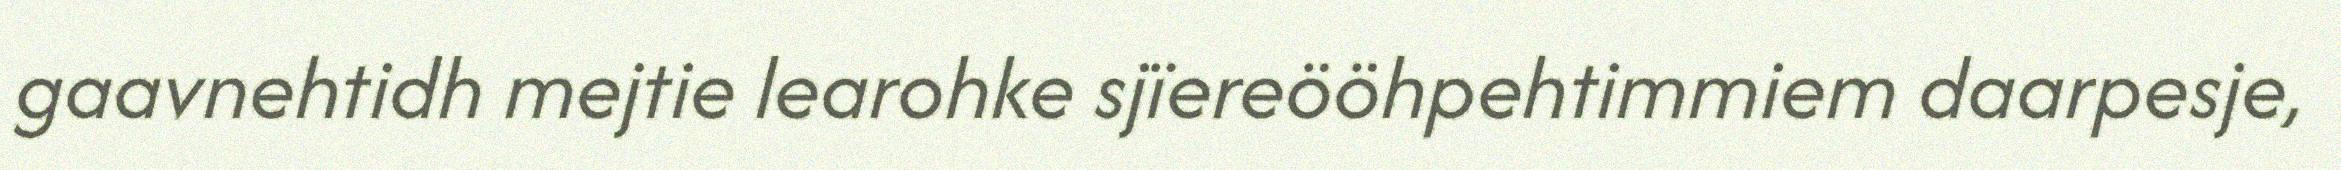
gaavnehtidh mejtie learohke sjïereööhpehtimmiem daarpesje,